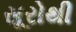
સૂરોથી